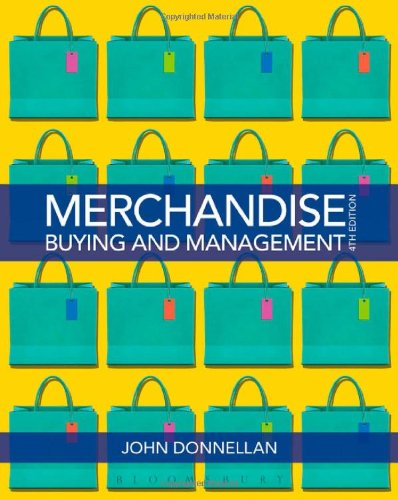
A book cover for Merchandise Buying and Management; John Donnellan; Business & Money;